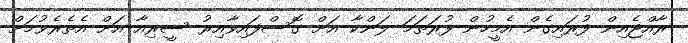
ރާއްޖެއިން ފުރައިގެން އެމީހުން ފުރަތަމަ ލަންކާ އަށް ގޮސްފައިވާއިރު ސީރިއާ އަށް އެތެރެވުމަށް